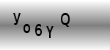
Text: yo6YQ